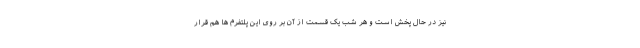
نیز در حال پخش است و هر شب یک قسمت از آن بر روی این پلتفرم ها هم قرار